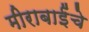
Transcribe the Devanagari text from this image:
मीराबाईंचे